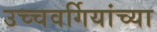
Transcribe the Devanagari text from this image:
उच्चवर्गियांच्या